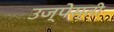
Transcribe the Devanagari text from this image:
उज्पेस्ती